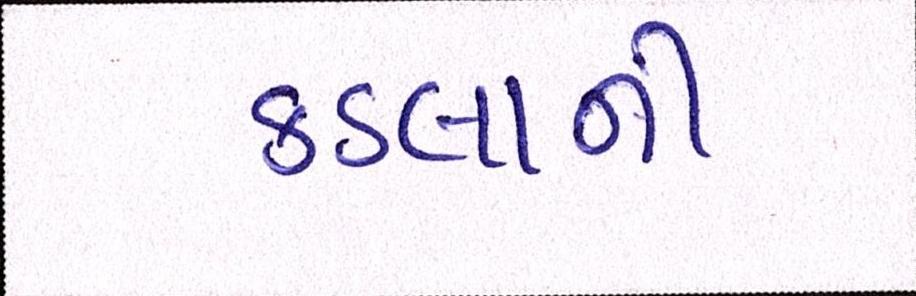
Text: કડલાની